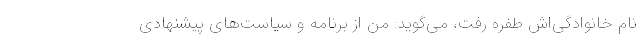
نام خانوادگی‌اش طفره رفت، می‌گوید: من از برنامه و سیاست‌های پیشنهادی